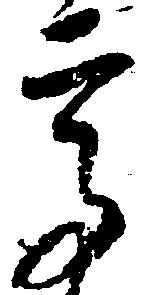
高